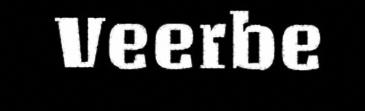
Veerbe